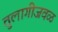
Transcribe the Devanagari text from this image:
तुलागीजवळ